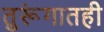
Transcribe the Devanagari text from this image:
तुरूंगातही